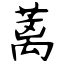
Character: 蓠